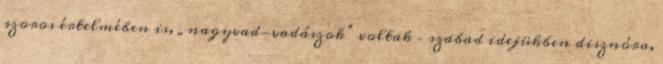
szoros értelmében is, „nagyvad-vadá­szok” voltak – szabad idejükben disznóra,